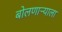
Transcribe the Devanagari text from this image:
बोलणाऱ्याला